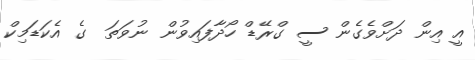
އީ އިން ދަށްވެގެން ސީ ގްރޭޑް ހޯދާފައިވުން ނުވަތަ  ގެ އެކަޑަމިކް